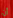
أن